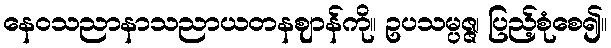
နေဝသညာနာသညာယတနဈာန်ကို။ ဥပသမ္ပဇ္ဇ၊ ပြည့်စုံစေ၍။